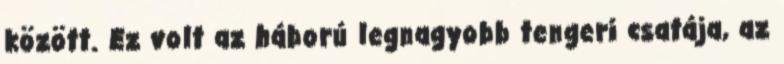
között. Ez volt az háború legnagyobb tengeri csatája, az